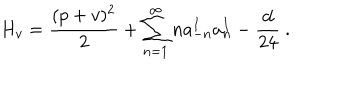
H _ { v } = { \frac { ( p + v ) ^ { 2 } } { 2 } } + \sum _ { n = 1 } ^ { \infty } n a _ { - n } ^ { I } a _ { n } ^ { I } - { \frac { d } { 2 4 } } ~ .